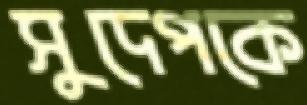
সুদেপকে